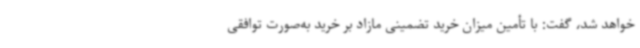
خواهد شد، گفت: با تأمین میزان خرید تضمینی مازاد بر خرید به‌صورت توافقی